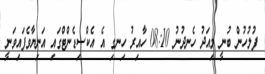
ފުލުހުން ބުނީ މިއަދު ހެނދުނު 08:10 ހާއިރު ހިނގި އެ އެކްސިޑެންޓްގައި އަނިޔާވެފައިވަނީ